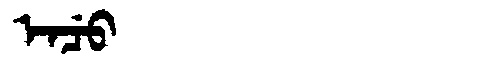
Manchu: ᡝᠨᠴᡠ
Romanization: ENCU